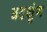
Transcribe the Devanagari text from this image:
वटशुंग